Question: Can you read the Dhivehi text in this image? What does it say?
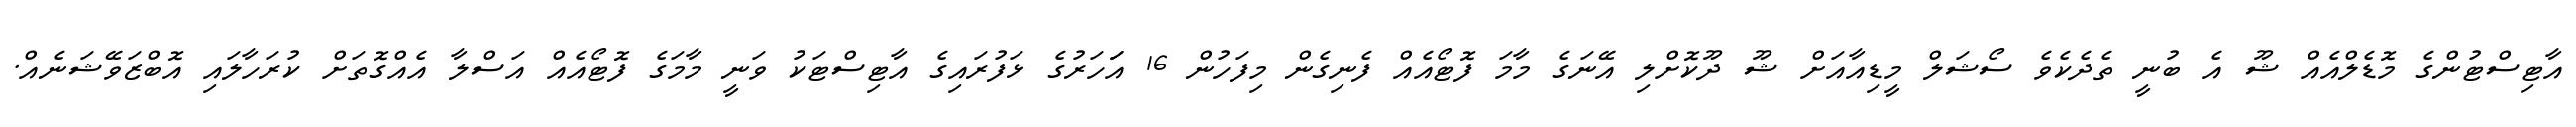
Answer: އާޓިސްޓުންގެ މޮޑެލްއެއް ޝޫ އެ ބުނީ ތެދެކެވެ ސޯޝަލް މީޑިއާއަށް ޝޫ ދޫކޮށްލި އޭނަގެ މާމަ ފޮޓޯއެއް ފެނިގެން މިފަހުން 16 އަަހަރުގެ ޅަފުރައިގެ އާޓިސްޓަކު ވަނީ މާމަގެ ފޮޓޯއެއް އަސްލާ އެއްގޮތަށް ކުރަހާލައި އޮބްޒަވޭޝަނެއް.